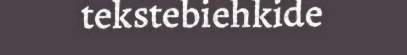
tekstebiehkide